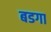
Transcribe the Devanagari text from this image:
बडगा